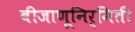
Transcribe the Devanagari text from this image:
बीजाणूनिर्मिती